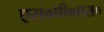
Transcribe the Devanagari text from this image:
एस०पी०एस०